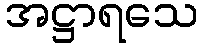
အဋ္ဌာရသေ